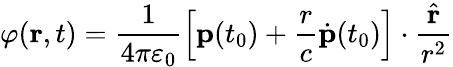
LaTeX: \varphi(\mathbf r,t)=\frac{1}{4\pi\varepsilon_{0}}\left[\mathbf p(t_{0})+\frac{r}{c}\dot{\mathbf p}(t_{0})\right]\cdot\frac{\hat{\mathbf r}}{r^{2}}